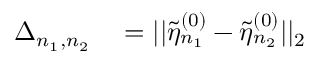
\begin{array} { r l } { \Delta _ { n _ { 1 } , n _ { 2 } } } & { { } = | | \tilde { \eta } _ { n _ { 1 } } ^ { ( 0 ) } - \tilde { \eta } _ { n _ { 2 } } ^ { ( 0 ) } | | _ { 2 } } \end{array}